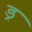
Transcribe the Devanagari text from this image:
ड्र